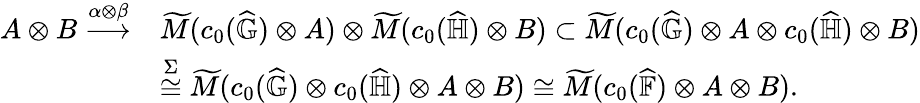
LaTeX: \begin{array}{rl}{A\otimes B\overset{\alpha\otimes\beta}{\longrightarrow}}&{\widetilde{M}(c_{0}(\widehat{\mathbb{G}})\otimes A)\otimes\widetilde{M}(c_{0}(\widehat{\mathbb{H}})\otimes B)\subset\widetilde{M}(c_{0}(\widehat{\mathbb{G}})\otimes A\otimes c_{0}(\widehat{\mathbb{H}})\otimes B)}\\ &{\overset{\Sigma}{\cong}\widetilde{M}(c_{0}(\widehat{\mathbb{G}})\otimes c_{0}(\widehat{\mathbb{H}})\otimes A\otimes B)\cong\widetilde{M}(c_{0}(\widehat{\mathbb{F}})\otimes A\otimes B).}\end{array}